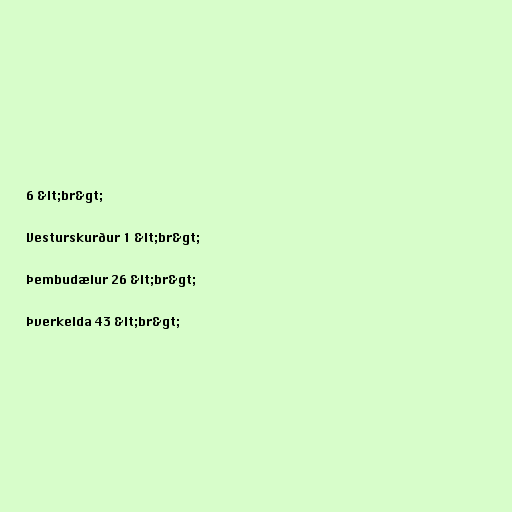
6 &lt;br&gt;

Vesturskurður 1 &lt;br&gt;

Þembudælur 26 &lt;br&gt;

Þverkelda 43 &lt;br&gt;